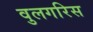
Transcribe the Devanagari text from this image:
वुलगरिस